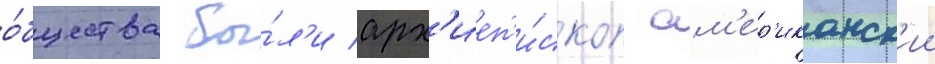
о́бщества бы́л'и арх'иеп'и́скоп ам'ер'иканск'ии